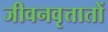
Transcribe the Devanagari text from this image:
जीवनवृत्तातों